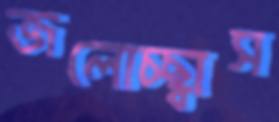
জলোচ্ছ্বাস